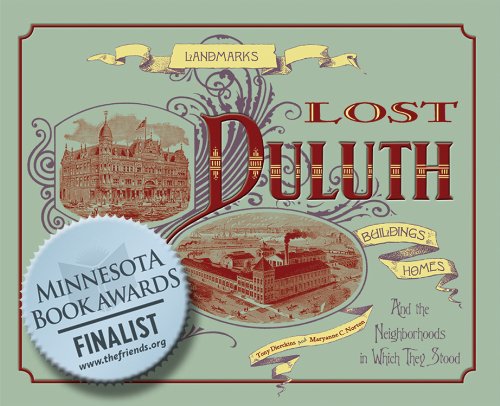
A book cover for Lost Duluth: Landmarks, Industries, Buildings, Homes, and the Neighborhoods in Which They Stood; Tony Dierckins; Arts & Photography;